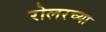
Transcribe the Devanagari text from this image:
रोलरच्या